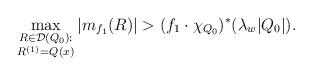
LaTeX: \begin{align*}\max_{\substack{R\in\mathcal{D}(Q_0):\\R^{(1)}=Q(x)}}|m_{f_1}(R)|>(f_1\cdot\chi_{Q_0})^*(\lambda_w|Q_0|).\end{align*}